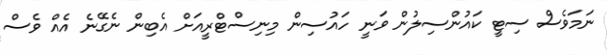
ނަމަވެސް ސިޓީ ކައުންސިލުން ވަނީ ހައުސިން މިނިސްޓްރީއަށް އެބިން ނެގޭނެ އެއް ވެސް